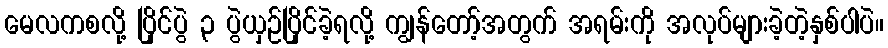
မေလကစလို့ ပြိုင်ပွဲ ၃ ပွဲယှဉ်ပြိုင်ခဲ့ရလို့ ကျွန်တော့်အတွက် အရမ်းကို အလုပ်များခဲ့တဲ့နှစ်ပါပဲ။